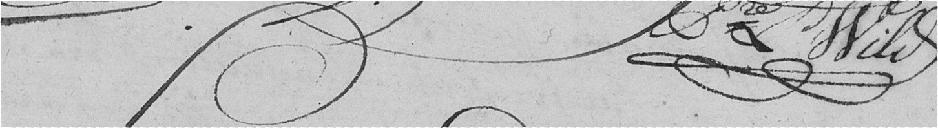
Pierre Wild